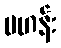
ဗဟန်း